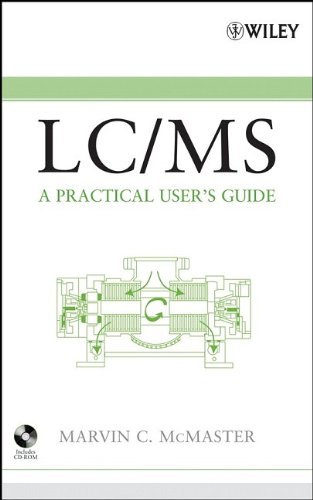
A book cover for LC/MS: A Practical User's Guide; Marvin McMaster; Science & Math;